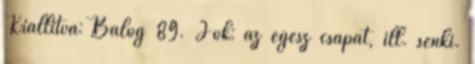
Kiállítva: Balog 89. Jók: az egész csapat, ill. senki.